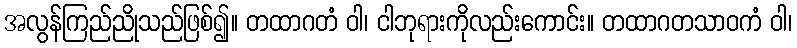
အလွန်ကြည်ညိုသည်ဖြစ်၍။ တထာဂတံ ဝါ၊ ငါဘုရားကိုလည်းကောင်း။ တထာဂတသာဝကံ ဝါ၊